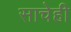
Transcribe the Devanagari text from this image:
साचेही